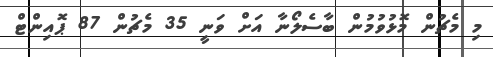
މި މެޗުން މޮޅުވުމުން ބާސެލޯނާ އަށް ވަނީ 35 މެޗުން 87 ޕޮއިންޓް